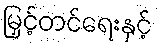
မြှင့်တင်ရေးနှင့်